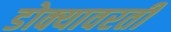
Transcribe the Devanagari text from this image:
डोक्यावरती